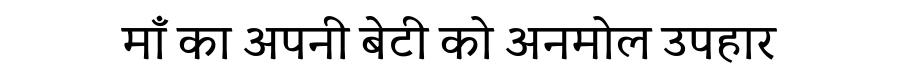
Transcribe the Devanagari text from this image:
माँ का अपनी बेटी को अनमोल उपहार